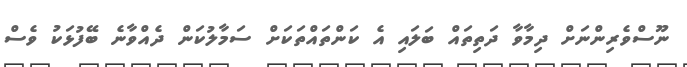
ނޫސްވެރިންނަށް ދިމާވާ ދަތިތައް ބަލައި އެ ކަންތައްތަކަށް ސަމާލުކަން ދެއްވާނެ ބޭފުޅަކު ވެސް